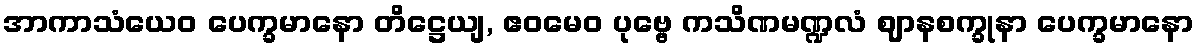
အာကာသံယေဝ ပေက္ခမာနော တိဋ္ဌေယျ, ဧဝမေဝ ပုဗ္ဗေ ကသိဏမဏ္ဍလံ ဈာနစက္ခုနာ ပေက္ခမာနော